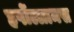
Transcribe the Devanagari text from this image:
हर्षोल्लामस